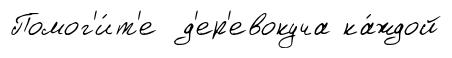
Помог'и́т'е д'ер'евокуча ка́ждой